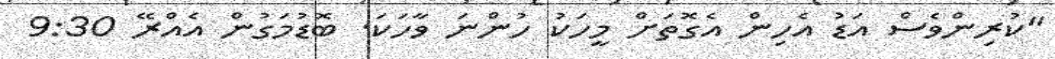
"ކުރިންވެސް އަޑު އެހިން އެގޮތަށް މީހަކު ހުންނަ ވާހަކަ. ބޮޑުމަގުން އެއްރޭ 9:30